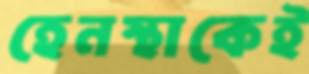
হেনস্থাকেই